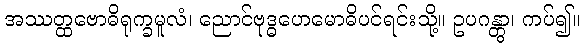
အဿတ္ထဗောဓိရုက္ခမူလံ၊ ညောင်ဗုဒ္ဓဟေမောဓိပင်ရင်းသို့။ ဥပဂန္တွာ၊ ကပ်၍။